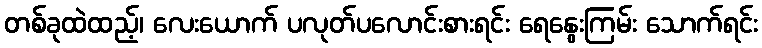
တစ်ခုထဲထည့်၊ လေးယောက် ပလုတ်ပလောင်းစားရင်း ရေနွေးကြမ်း သောက်ရင်း